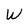
Character: W